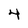
Character: 4